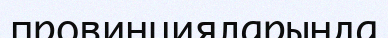
провинцияларында